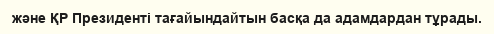
және ҚР Президенті тағайындайтын басқа да адамдардан тұрады.